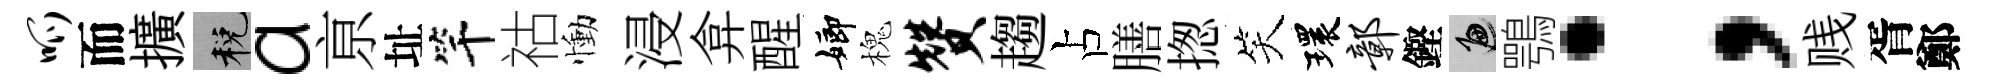
呱而擴税a亰址竿祜慟浸弇醒嫏槐赞趨占膳揔笑環鄣鏗遍鶚；贱胥鄭